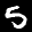
Label: 5